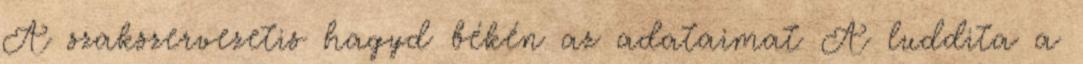
A szakszervezetis hagyd békén az adataimat A luddita a